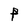
Character: P